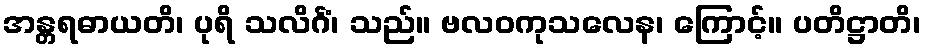
အန္တရဓာယတိ၊ ပုရိ သလိင်္ဂံ၊ သည်။ ဗလဝကုသလေန၊ ကြောင့်။ ပတိဋ္ဌာတိ၊